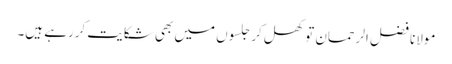
مولانا فضل الرحمان تو کھل کر جلسوں میں بھی شکایت کررہے ہیں۔